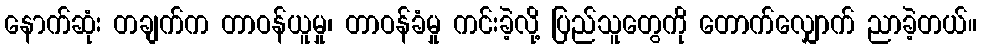
နောက်ဆုံး တချက်က တာဝန်ယူမှု၊ တာဝန်ခံမှု ကင်းခဲ့လို့ ပြည်သူတွေကို တောက်လျှောက် ညာခဲ့တယ်။